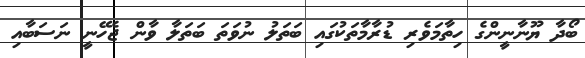
ބޯދާ ޔޫނާނީންގެ ހިތާމަވެރި ޑުރާމާތަކުގައި ބަތަލު ނުވަތަ ބަތަލާ ވާން ޖެހޭނީ ނަސަބާއި